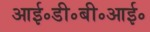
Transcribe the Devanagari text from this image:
आई॰डी॰बी॰आई॰